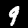
Digit: 9